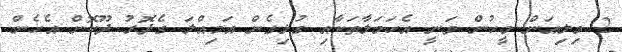
2 މިލިއަން މީހުން ވަނީ އެހަމަލާތަކާއި ގުޅިގެން އަމިއްލަ ގެދޮރު ދޫކޮށް އެހެން